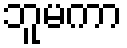
ဘူမကာ